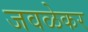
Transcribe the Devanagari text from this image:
जवळेकर